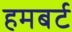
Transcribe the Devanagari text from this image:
हमबर्ट